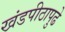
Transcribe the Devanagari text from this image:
खंडपीठापुढे